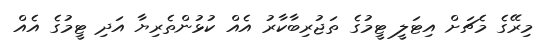
މިރޭގެ މެޗަށް އިޓަލީ ޓީމުގެ ތަޖުރިބާކާރު އެއް ކުޅުންތެރިޔާ އަދި ޓީމުގެ އެއް